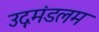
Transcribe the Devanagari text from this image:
उद्गमंडलम